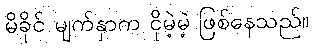
မိခိုင် မျက်နှာက ငိုမဲ့မဲ့ ဖြစ်နေသည်။